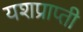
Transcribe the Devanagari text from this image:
यशप्राप्ती